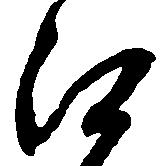
江